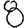
Digit: 8